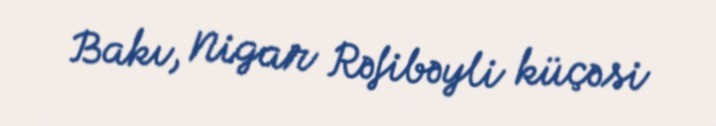
Bakı, Nigar Rəfibəyli küçəsi